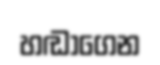
හඬාගෙන